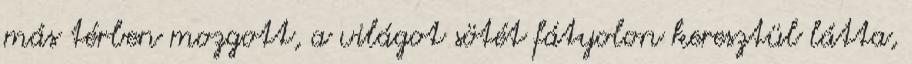
más térben mozgott, a világot sötét fátyolon keresztül látta,